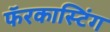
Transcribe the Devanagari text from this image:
फॅरकास्टिंग